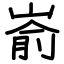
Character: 嵛